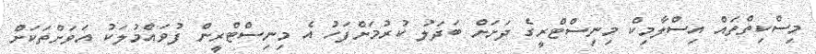
މިސްކިތްތައް އިސްލާމިކް މިނިސްޓްރީގެ ދަށަށް ބަދަލު ކުރުމަށްފަހު އެ މިނިސްޓްރީން ފުވައްމުލަކު އަވަށްތަކަށް